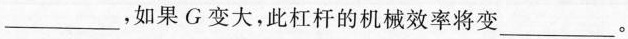
___，如果G变大，此杠杆的机械效率将变___。